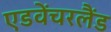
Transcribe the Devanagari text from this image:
एडवेंचरलैंड